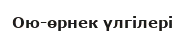
Ою-өрнек үлгілері